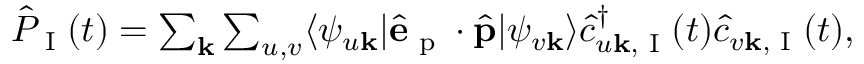
\begin{array} { r } { \hat { P } _ { \textrm { I } } ( t ) = \sum _ { \mathbf { k } } \sum _ { u , v } \langle \psi _ { u \mathbf { k } } | \hat { \mathbf { e } } _ { \textrm { p } } \cdot \hat { \mathbf { p } } | \psi _ { v \mathbf { k } } \rangle \hat { c } _ { u \mathbf { k } , \textrm { I } } ^ { \dagger } ( t ) \hat { c } _ { v \mathbf { k } , \textrm { I } } ( t ) , } \end{array}